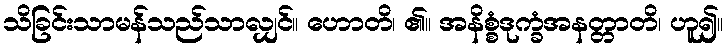
သိခြင်းသာမန်သည်သာလျှင်။ ဟောတိ၊ ၏။ အနိစ္စံဒုက္ခံအနတ္တာတိ၊ ဟူ၍။